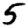
Digit: 5